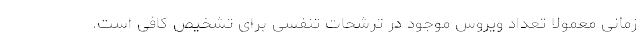
زمانی معمولا تعداد ویروس موجود در ترشحات تنفسی برای تشخیص کافی است.